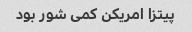
پیتزا امریکن کمی شور بود